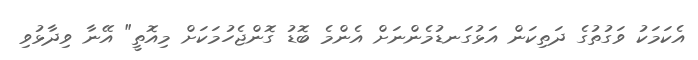
އެކަމަކު ވަގުތުގެ ދަތިކަން އަޅުގަނޑުމެންނަށް އެންމެ ބޮޑު ގޮންޖެހުމަކަށް މިއޮތީ" އޭނާ ވިދާޅުވި